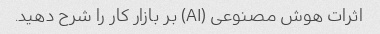
اثرات هوش مصنوعی (AI) بر بازار کار را شرح دهید.